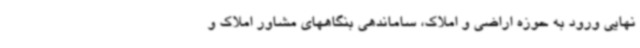
نهایی ورود به حوزه اراضی و املاک، ساماندهی بنگاههای مشاور املاک و